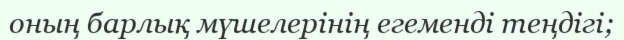
оның барлық мүшелерінің егеменді теңдігі;